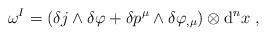
LaTeX: \begin{align*} \omega^I = \left( \delta j \wedge \delta \varphi+ \delta p^\mu \wedge \delta \varphi_{, \mu} \right) \otimes \mbox{\rm d}^n x \ ,\end{align*}